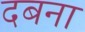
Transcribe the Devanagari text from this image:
दबना